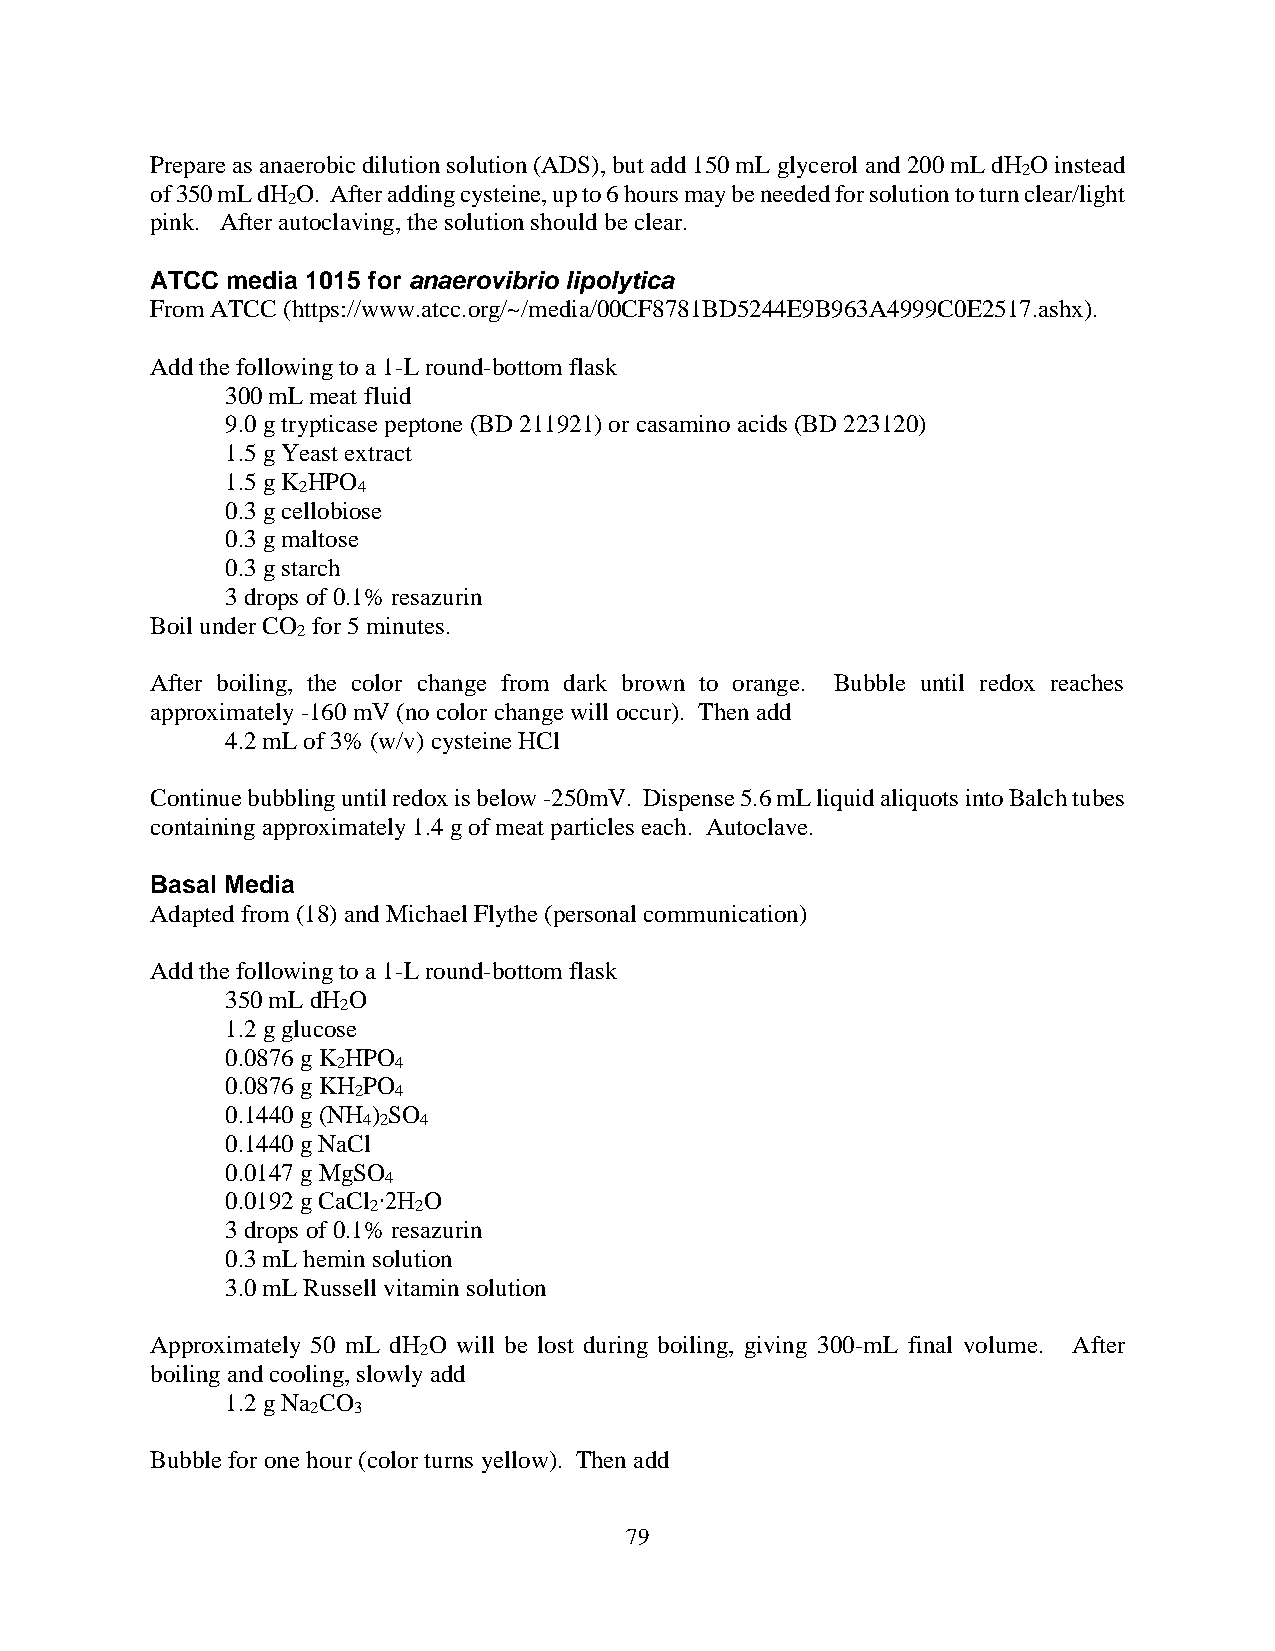
Prepare as anaerobic dilution solution (ADS), but add 150 mL glycerol and 200 mL dH O instead
 2
 of 350 mL dH O. After adding cysteine, up to 6 hours may be needed for solution to turn clear/light
 2
 pink. After autoclaving, the solution should be clear.
 ATCC media 1015 for anaerovibrio lipolytica
 From ATCC (https://www.atcc.org/~/media/00CF8781BD5244E9B963A4999C0E2517.ashx).
 Add the following to a 1-L round-bottom flask
 300 mL meat fluid
 9.0 g trypticase peptone (BD 211921) or casamino acids (BD 223120)
 1.5 g Yeast extract
 1.5 g K HPO
 2   4
 0.3 g cellobiose
 0.3 g maltose
 0.3 g starch
 3 drops of 0.1% resazurin
 Boil under CO for 5 minutes.
 2
 After boiling, the color change from dark brown to orange. Bubble until redox reaches
 approximately -160 mV (no color change will occur). Then add
 4.2 mL of 3% (w/v) cysteine HCl
 Continue bubbling until redox is below -250mV. Dispense 5.6 mL liquid aliquots into Balch tubes
 containing approximately 1.4 g of meat particles each. Autoclave.
 Basal Media
 Adapted from (18) and Michael Flythe (personal communication)
 Add the following to a 1-L round-bottom flask
 350 mL dH O
 2
 1.2 g glucose
 0.0876 g K HPO
 2   4
 0.0876 g KH PO
 2  4
 0.1440 g (NH ) SO
 4 2 4
 0.1440 g NaCl
 0.0147 g MgSO
 4
 0.0192 g CaCl ∙2H O
 2  2
 3 drops of 0.1% resazurin
 0.3 mL hemin solution
 3.0 mL Russell vitamin solution
 Approximately 50 mL dH O will be lost during boiling, giving 300-mL final volume. After
 2
 boiling and cooling, slowly add
 1.2 g Na CO
 2 3
 Bubble for one hour (color turns yellow). Then add
 79